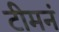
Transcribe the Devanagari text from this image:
टीमनं